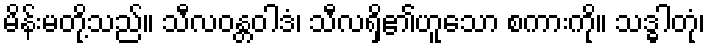
မိန်းမတို့သည်။ သီလဝန္တဝါဒံ၊ သီလရှိ၏ဟူသော စကားကို။ သဒ္ဓါတုံ၊